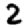
Digit: 2